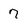
Character: 7